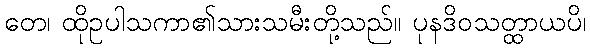
တေ၊ ထိုဥပါသကာ၏သားသမီးတို့သည်။ ပုနဒိဝသတ္ထာယပိ၊